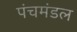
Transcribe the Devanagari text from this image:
पंचमंडल